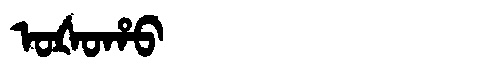
Manchu: ᠣᡧᠣᡥᠣ
Romanization: OŠOHO